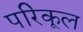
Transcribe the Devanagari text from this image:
परिकूल